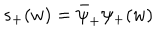
LaTeX: s _ { + } ( w ) = \bar { \psi } _ { + } \psi _ { + } ( w )